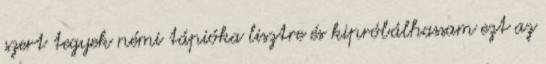
szert tegyek némi tápióka lisztre és kipróbálhassam ezt az